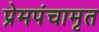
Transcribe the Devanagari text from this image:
प्रेमपंचामृत